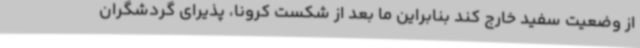
از وضعیت سفید خارج کند بنابراین ما بعد از شکست کرونا، پذیرای گردشگران